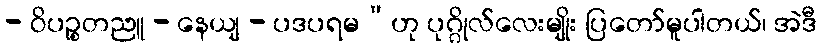
- ဝိပဉ္စတညူ - နေယျ - ပဒပရမ”ဟု ပုဂ္ဂိုလ်လေးမျိုး ပြတော်မူပါတယ်၊ အဲဒီ